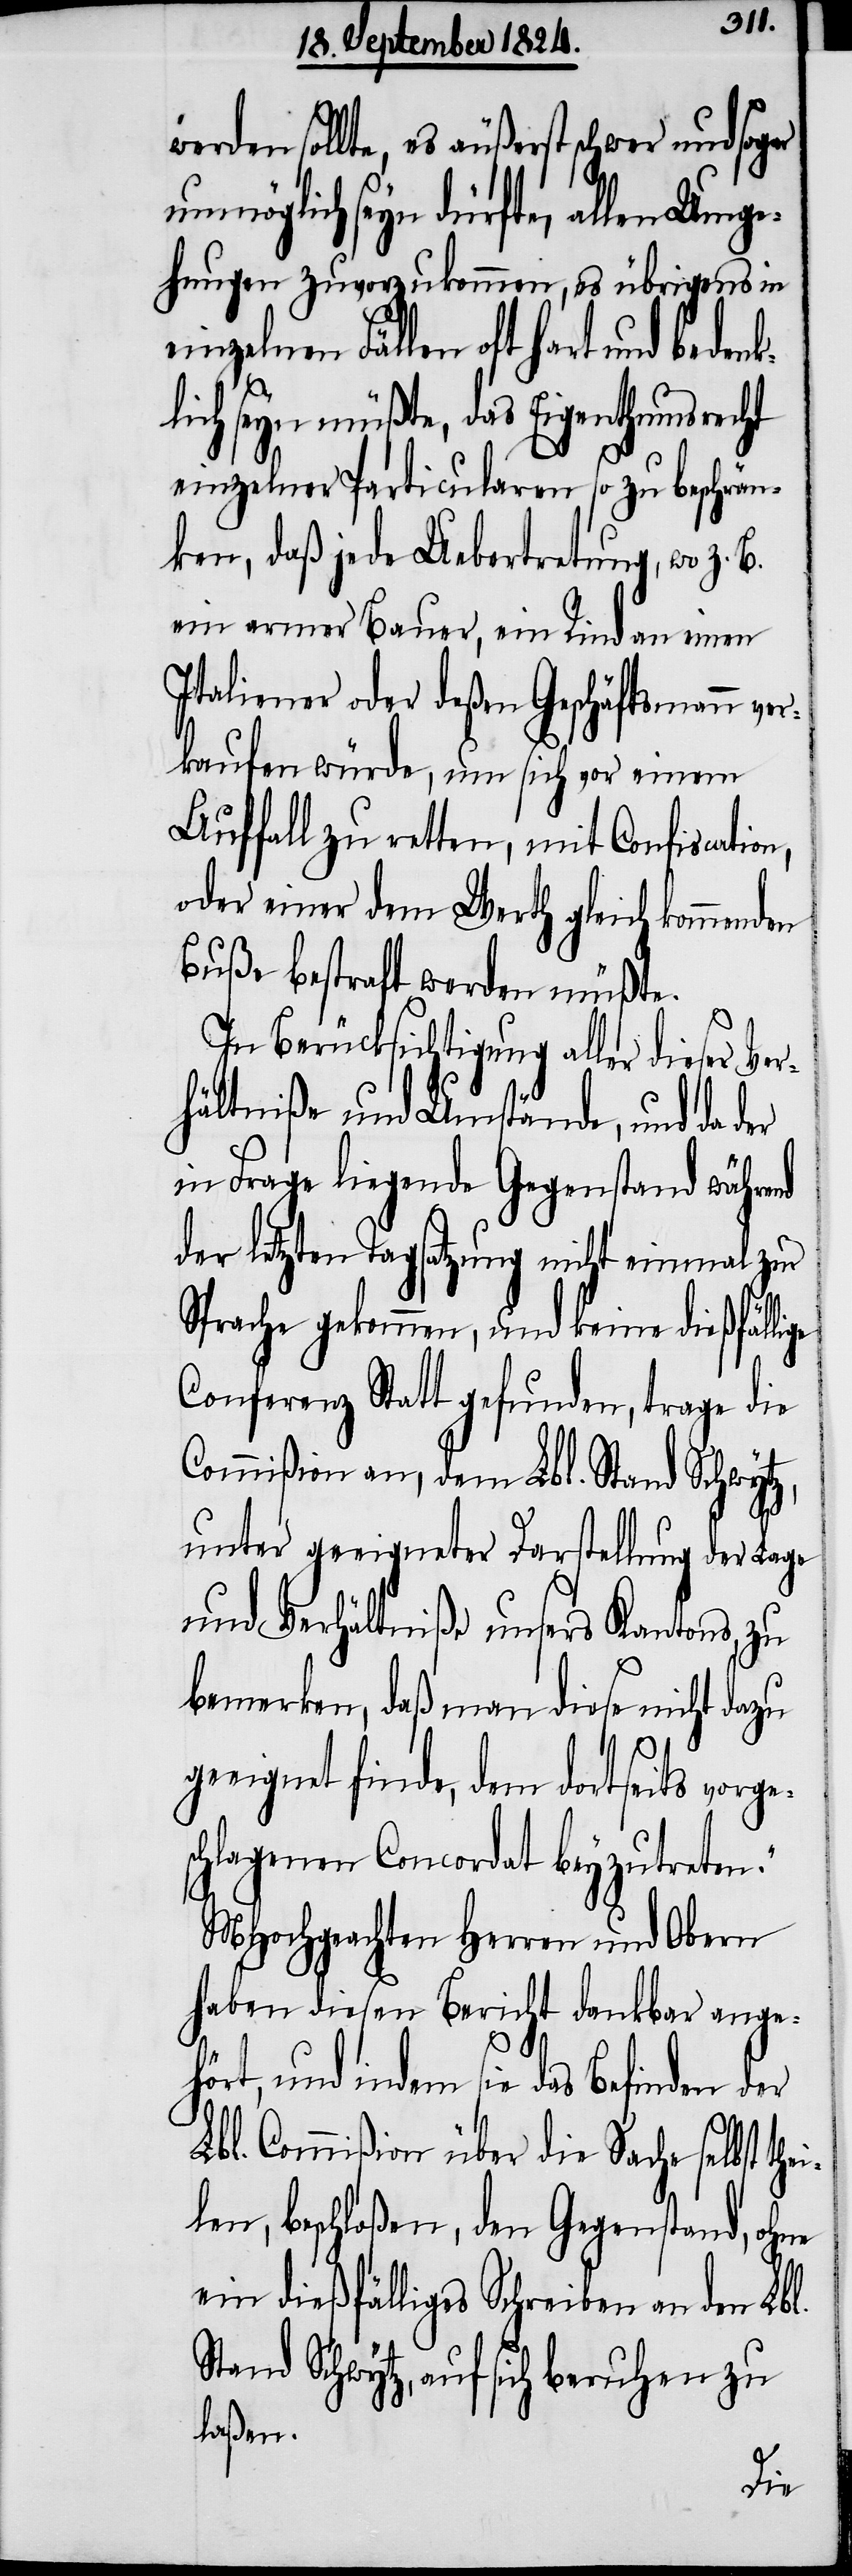
werden sollte, es äußerst schwer und sogar
unmöglich seyn dürfte, allen Umge¬
hungen zuvorzukommen, es übrigens in
einzelnen Fällen oft hart und beden¬
klich seyn müßte, das Eigenthumsrecht
einzelner Particularen so zu beschrän¬
ken, daß jede Uebertretung, wo z.
ein armer Bauer, ein Rind an einen
Italiener oder deßen Geschäftsmann ver¬
kaufen würde, um sich vor einem
Auffall zu retten, mit Confiscation,
oder einer dem Werth gleich kommenden
Buße bestraft werden müßte.
In Berücksichtigung aller dieser Ver¬
hältniße und Umstände, und da der
in Frage liegende Gegenstand während
der letzten Tagsatzung nicht einmal zur
Sprache gekommen, und keine dießfälli¬
Conferenz Statt gefunden, trage die
Commißion an, dem Lbl. Stand Schwytz,
unter geeigneter Darstellung der Lage
und Verhältniße unsers Kantons, zu
bemerken, daß man diese nicht dazu
geeignet finde, dem dortseits vorg¬
schlagenen Concordat beyzutreten.“
MHochgeachten Herren und Obern
haben diesen Bericht dankbar ange¬
ei¬
hört, und indem sie das Befinden der
Lbl. Commißion über die Sache selbst th¬
len, beschloßen, den Gegenstand, ohne
ein dießfälliges Schreiben an den Lbl.
Stand Schwytz, auf sich beruhen zu
laßen.